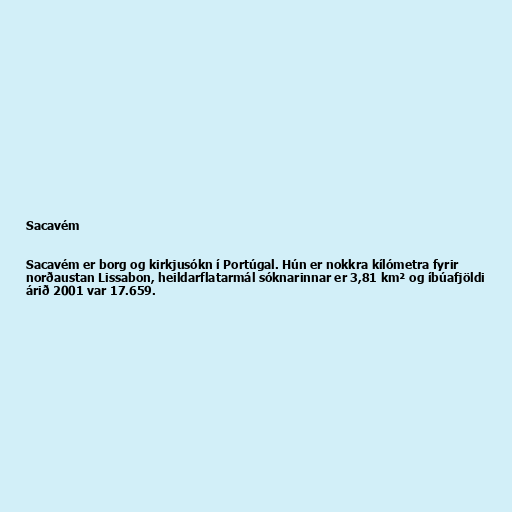
Sacavém

Sacavém er borg og kirkjusókn í Portúgal. Hún er nokkra kílómetra fyrir
norðaustan Lissabon, heildarflatarmál sóknarinnar er 3,81 km² og íbúafjöldi
árið 2001 var 17.659.